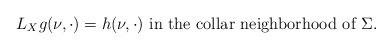
\begin{align*}L_X g (\nu, \cdot) = h(\nu, \cdot) \mbox{ in the collar neighborhood of } \Sigma. \end{align*}